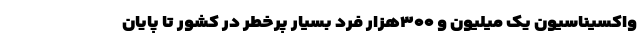
واکسیناسیون یک میلیون و ۳۰۰هزار فرد بسیار پرخطر در کشور تا پایان